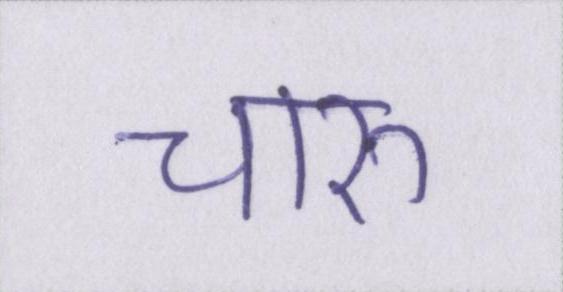
चारु